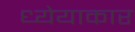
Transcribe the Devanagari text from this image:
ध्येयाकार